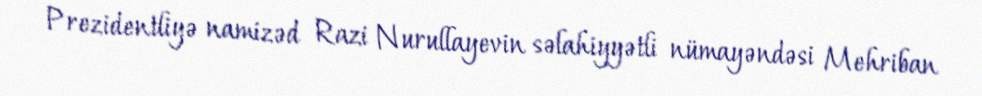
Prezidentliyə namizəd Razi Nurullayevin səlahiyyətli nümayəndəsi Mehriban